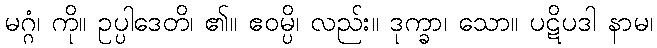
မဂ္ဂံ၊ ကို။ ဥပ္ပါဒေတိ၊ ၏။ ဧဝမ္ပိ၊ လည်း။ ဒုက္ခာ၊ သော။ ပဋိပဒါ နာမ၊